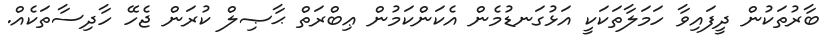
ބާރުތަކުން ދީފައިވާ ހަމަލާތަކަކީ އަޅުގަނޑުމެން އެކަންކަމުން ޢިބްރަތް ޙާޞިލް ކުރަން ޖެހޭ ހާދިސާތަކެއް.